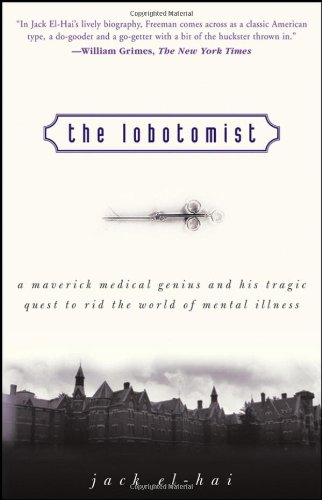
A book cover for The Lobotomist: A Maverick Medical Genius and His Tragic Quest to Rid the World of Mental Illness; Jack El-Hai; Medical Books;